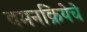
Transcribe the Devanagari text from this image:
वमनक्रियेचे